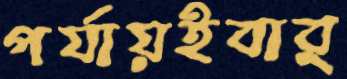
পর্যায়ইবার্